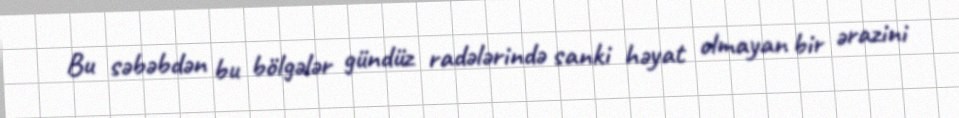
Bu səbəbdən bu bölgələr gündüz radələrində sanki həyat olmayan bir ərazini